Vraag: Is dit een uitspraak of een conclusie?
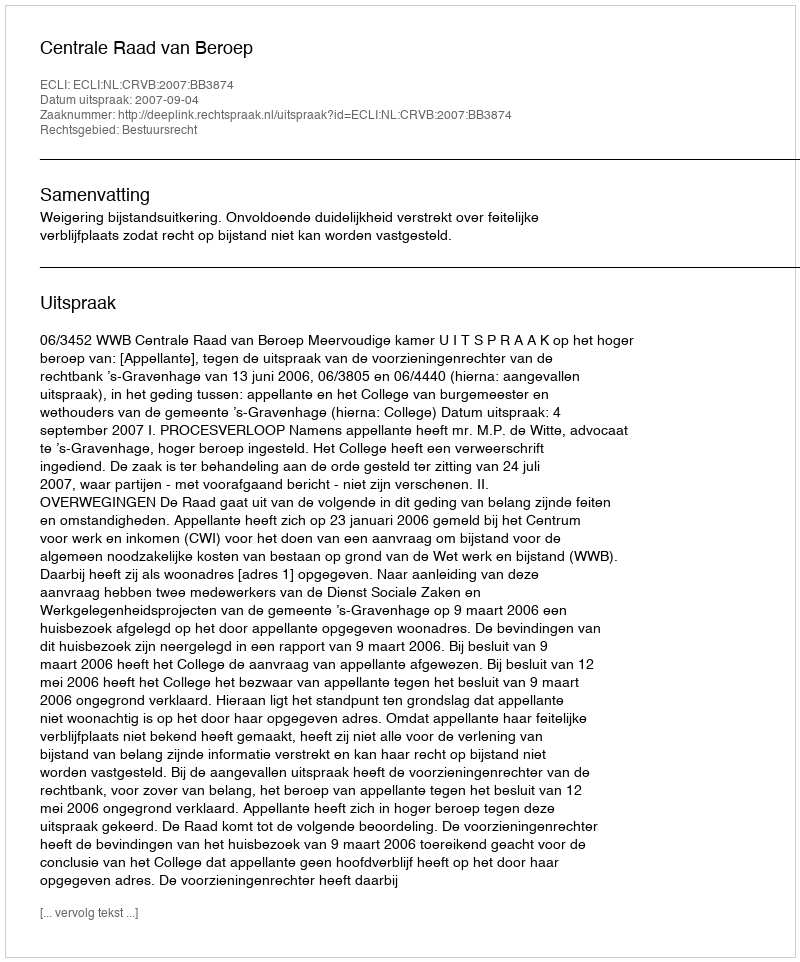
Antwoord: Uitspraak